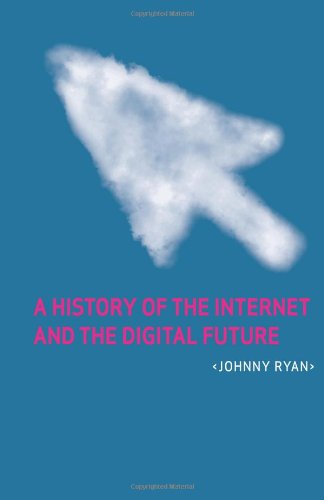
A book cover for A History of the Internet and the Digital Future; Johnny Ryan; Computers & Technology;